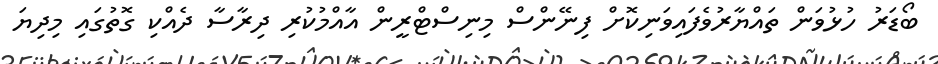
ބޯޑަރު ހުޅުވަން ތައްޔާރުވެފައިވަނިކޮށް ފިނޭންސް މިނިސްޓްރީން އާއްމުކުރި ދިރާސާ ދެއްކި ގޮތުގައި މިދިޔަ